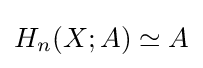
H_{n}(X;A)\simeq A